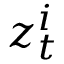
\ensuremath { \boldsymbol { z } } _ { t } ^ { i }